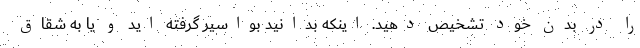
را در بدن خود تشخیص دهید. اینکه بدانید بواسیر گرفته اید و یا به شقاق